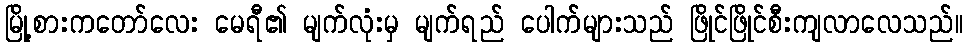
မြို့စားကတော်လေး မေရီ၏ မျက်လုံးမှ မျက်ရည် ပေါက်များသည် ဖြိုင်ဖြိုင်စီးကျလာလေသည်။